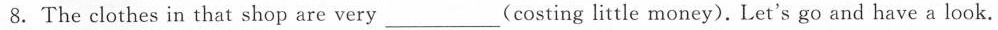
8.The clothes in that shop are very ___ (costing little money). Let's go and have a look.